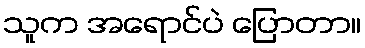
သူက အရောင်ပဲ ပြောတာ။